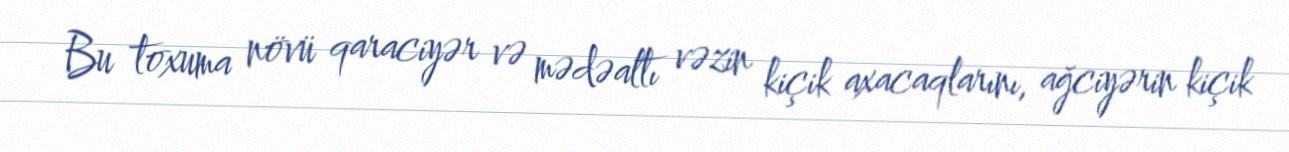
Bu toxuma növü qaraciyər və mədəaltı vəzin kiçik axacaqlarını, ağciyərin kiçik